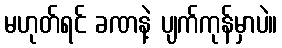
မဟုတ်ရင် ခဏနဲ့ ပျက်ကုန်မှာပဲ။